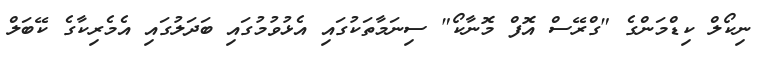
ނިކޯލް ކިޑްމަންގެ "ގްރޭސް އޮފް މޮނާކޯ" ސިނަމާތަކުގައި އެޅުވުމުގައި ބަދަލުގައި އެމެރިކާގެ ކޭބަލް